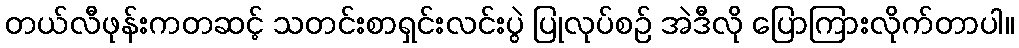
တယ်လီဖုန်းကတဆင့် သတင်းစာရှင်းလင်းပွဲ ပြုလုပ်စဉ် အဲဒီလို ပြောကြားလိုက်တာပါ။